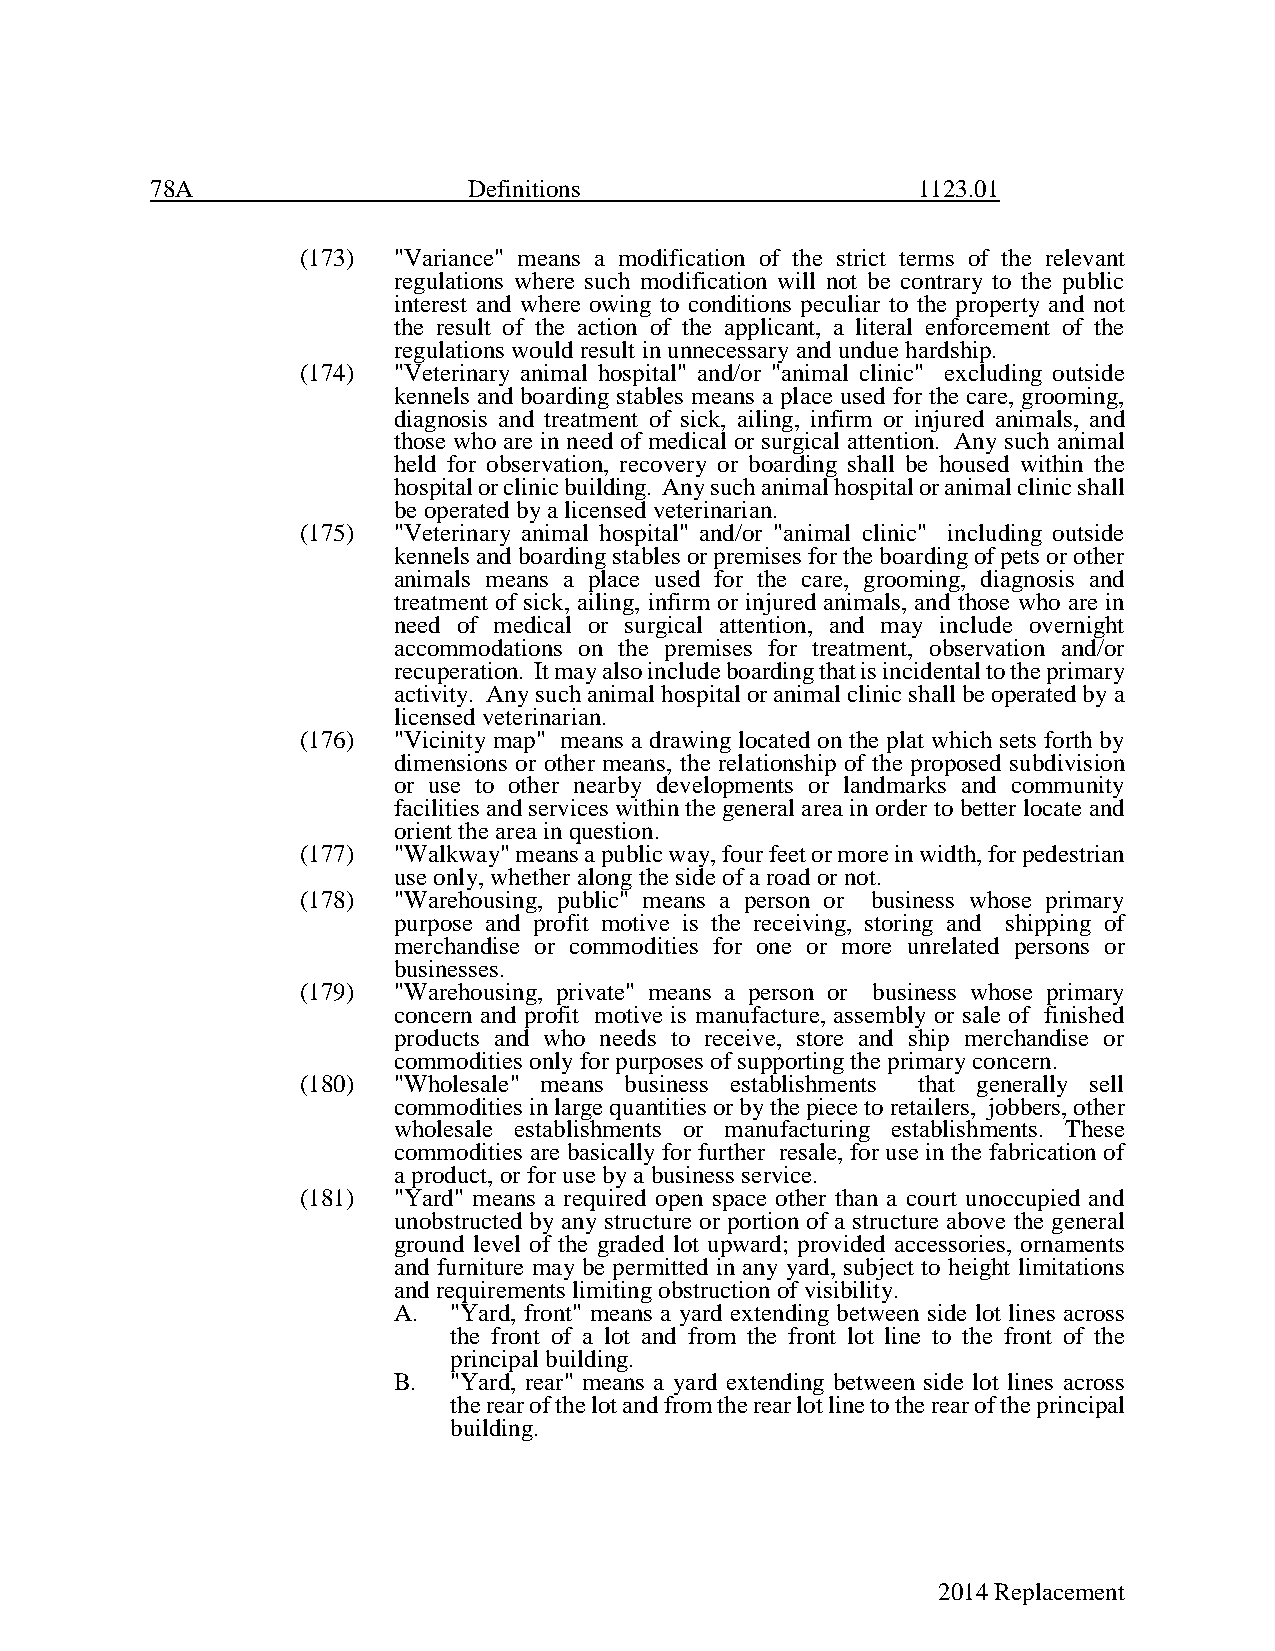
78A                  Definitions                   1123.01
 (173) "Variance" means a modification of the strict terms of the relevant
 regulations where such modification will not be contrary to the public
 interest and where owing to conditions peculiar to the property and not
 the result of the action of the applicant, a literal enforcement of the
 regulations would result in unnecessary and undue hardship.
 (174) "Veterinary animal hospital" and/or "animal clinic" excluding outside
 kennels and boarding stables means a place used for the care, grooming,
 diagnosis and treatment of sick, ailing, infirm or injured animals, and
 those who are in need of medical or surgical attention. Any such animal
 held for observation, recovery or boarding shall be housed within the
 hospital or clinic building. Any such animal hospital or animal clinic shall
 be operated by a licensed veterinarian.
 (175) "Veterinary animal hospital" and/or "animal clinic" including outside
 kennels and boarding stables or premises for the boarding of pets or other
 animals means a place used for the care, grooming, diagnosis and
 treatment of sick, ailing, infirm or injured animals, and those who are in
 need of medical or surgical attention, and may include overnight
 accommodations on the premises for treatment, observation and/or
 recuperation. It may also include boarding that is incidental to the primary
 activity. Any such animal hospital or animal clinic shall be operated by a
 licensed veterinarian.
 (176) "Vicinity map" means a drawing located on the plat which sets forth by
 dimensions or other means, the relationship of the proposed subdivision
 or use to other nearby developments or landmarks and community
 facilities and services within the general area in order to better locate and
 orient the area in question.
 (177) "Walkway" means a public way, four feet or more in width, for pedestrian
 use only, whether along the side of a road or not.
 (178) "Warehousing, public" means a person or business whose primary
 purpose and profit motive is the receiving, storing and shipping of
 merchandise or commodities for one or more unrelated persons or
 businesses.
 (179) "Warehousing, private" means a person or business whose primary
 concern and profit motive is manufacture, assembly or sale of finished
 products and who needs to receive, store and ship merchandise or
 commodities only for purposes of supporting the primary concern.
 (180) "Wholesale" means business establishments that generally sell
 commodities in large quantities or by the piece to retailers, jobbers, other
 wholesale establishments or manufacturing establishments. These
 commodities are basically for further resale, for use in the fabrication of
 a product, or for use by a business service.
 (181) "Yard" means a required open space other than a court unoccupied and
 unobstructed by any structure or portion of a structure above the general
 ground level of the graded lot upward; provided accessories, ornaments
 and furniture may be permitted in any yard, subject to height limitations
 and requirements limiting obstruction of visibility.
 A.  "Yard, front" means a yard extending between side lot lines across
 the front of a lot and from the front lot line to the front of the
 principal building.
 B.  "Yard, rear" means a yard extending between side lot lines across
 the rear of the lot and from the rear lot line to the rear of the principal
 building.
 2014 Replacement